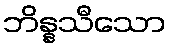
ဘိန္နသီသော